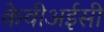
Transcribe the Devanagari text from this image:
केवीअईसी